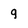
Character: 9